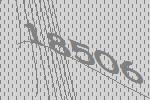
18506